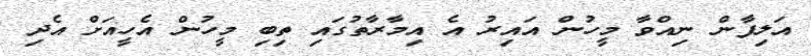
އަލިފާން ނިއްވާ މީހުން އައިރު އެ އިމާރާތުގައި ތިބި މީހުން އެހީއަށް އެދި